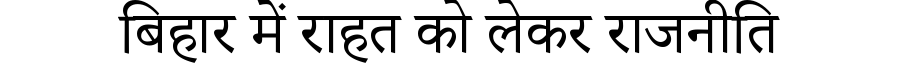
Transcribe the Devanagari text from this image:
बिहार में राहत को लेकर राजनीति